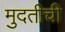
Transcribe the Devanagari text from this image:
मुदतीची